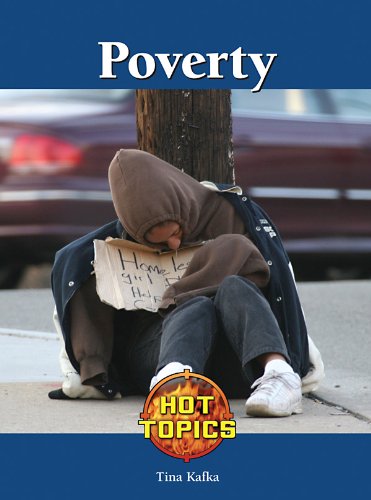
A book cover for Poverty (Hot Topics); Tina Kafka; Teen & Young Adult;